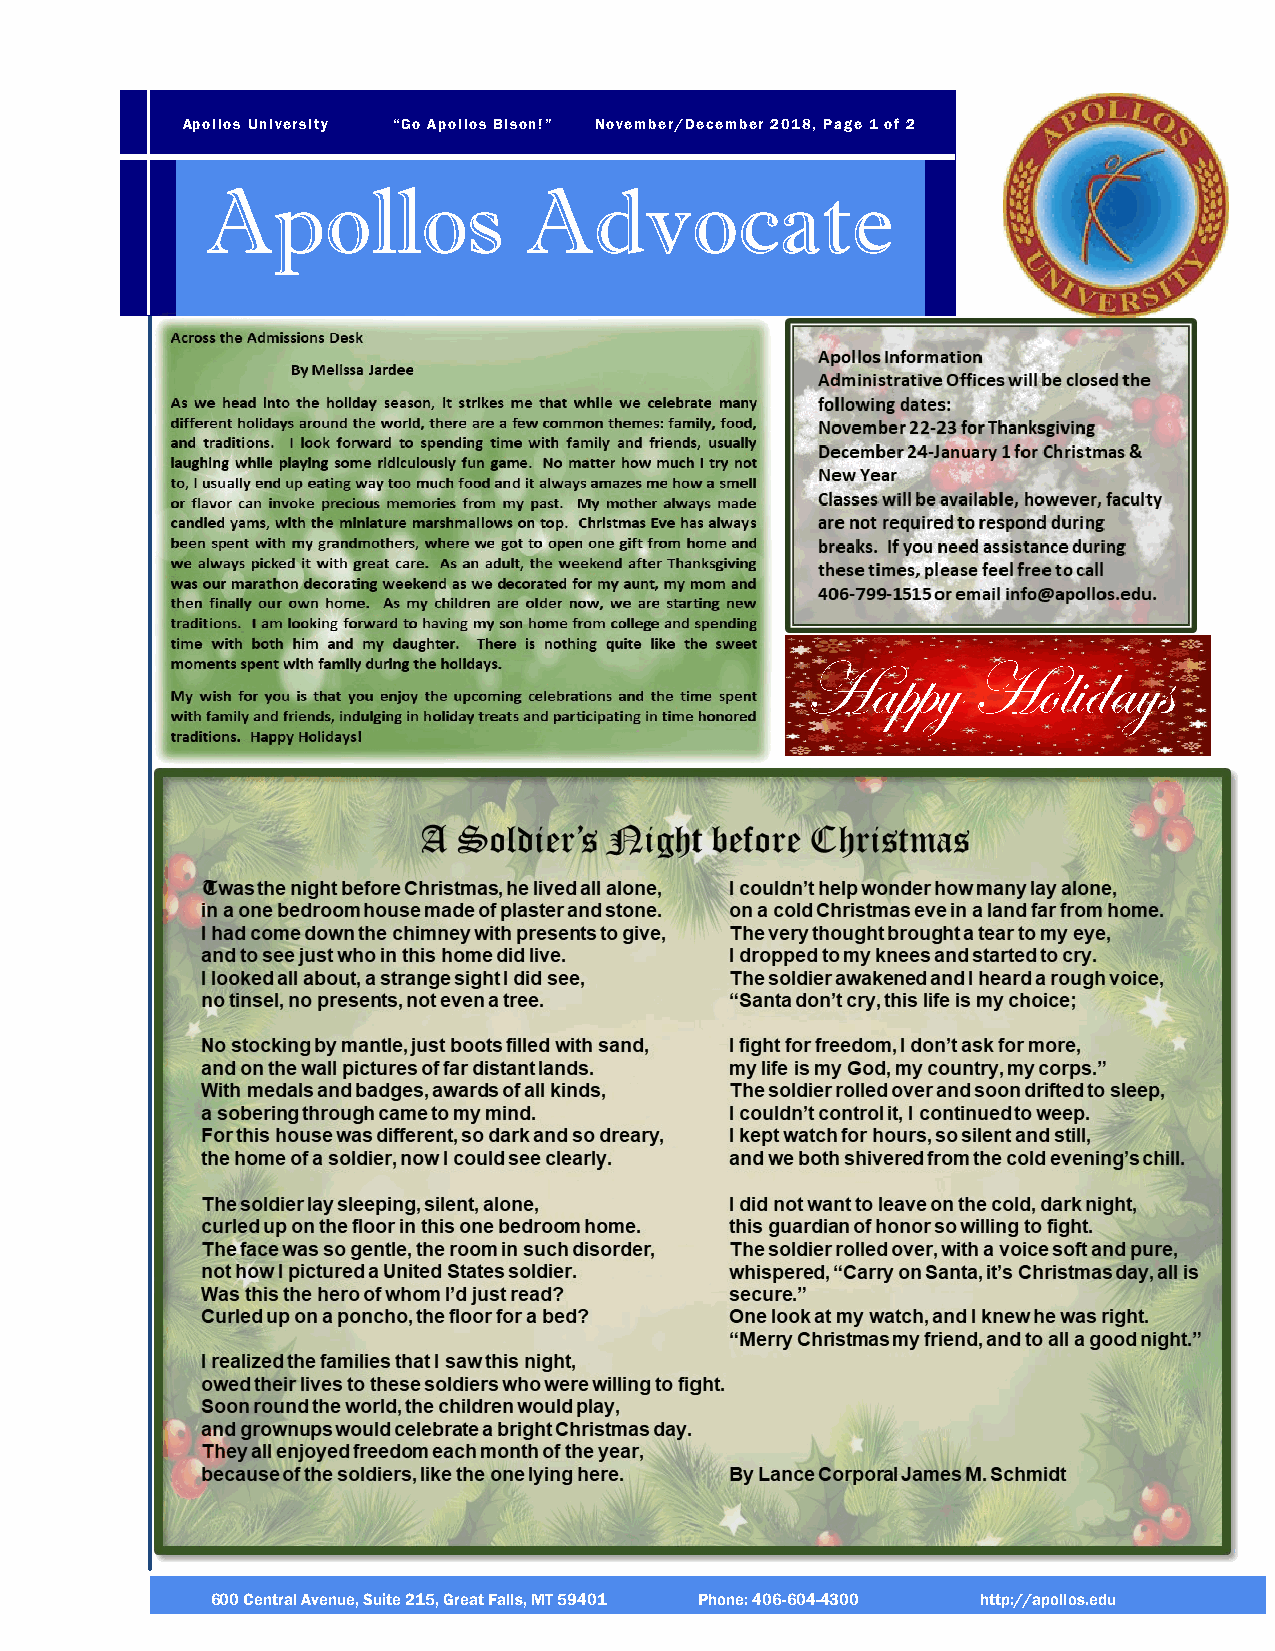
Apollos University “Go Apollos Bison!” November/December 2018, Page 1 of 2
 Apollos              Advocate
 Happy      Holidays
 600 Central Avenue, Suite 215, Great Falls, MT 59401 Phone: 406-604-4300 http://apollos.edu